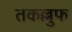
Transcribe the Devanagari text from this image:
तकल्लुफ